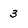
Character: 3